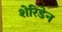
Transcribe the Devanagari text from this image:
शेरिडेन